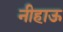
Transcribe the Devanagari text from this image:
नीहाऊ